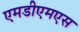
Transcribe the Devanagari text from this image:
एमडीएमएस